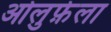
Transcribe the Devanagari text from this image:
ओलुफ़ेला